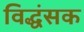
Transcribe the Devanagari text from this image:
विद्धंसक